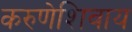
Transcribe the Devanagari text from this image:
करुणेशिवाय